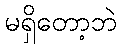
မရှိတော့ဘဲ